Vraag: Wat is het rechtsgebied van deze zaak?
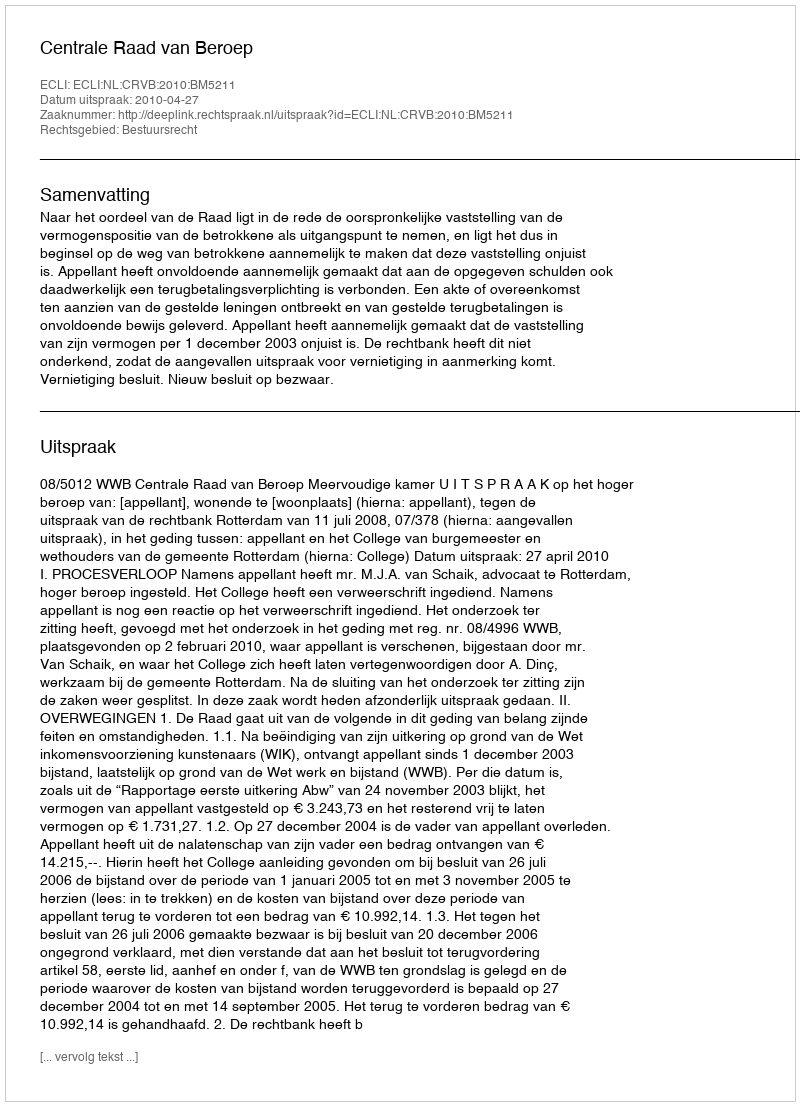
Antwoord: Bestuursrecht